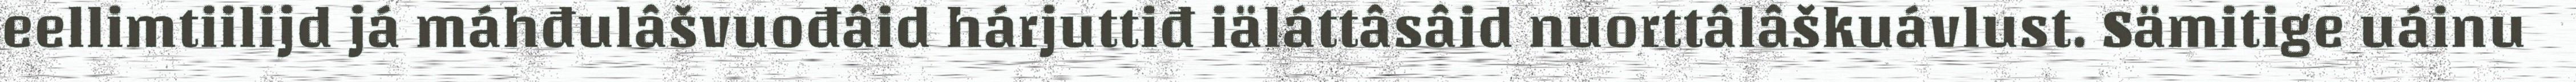
eellimtiilijd já máhđulâšvuođâid hárjuttiđ iäláttâsâid nuorttâlâškuávlust. Sämitige uáinu